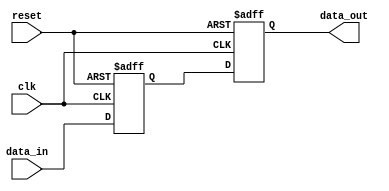
module Buffer_Delay (
    input wire clk,
    input wire reset,
    input wire [7:0] data_in,
    output reg [7:0] data_out
);

reg [7:0] buffer;
reg [2:0] delay = 3'b001; // Adjust delay value as needed

always @(posedge clk or posedge reset) begin
    if (reset) begin
        buffer <= 8'b0;
    end else begin
        buffer <= #delay data_in; // Introduce delay on data_in
    end
end

always @(posedge clk or posedge reset) begin
    if (reset) begin
        data_out <= 8'b0;
    end else begin
        data_out <= buffer;
    end
end

endmodule